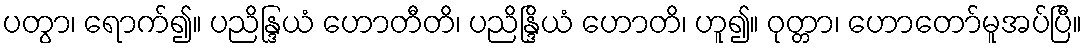
ပတွာ၊ ရောက်၍။ ပညိန္ဒြယံ ဟောတီတိ၊ ပညိန္ဒြိယံ ဟောတိ၊ ဟူ၍။ ဝုတ္တာ၊ ဟောတော်မူအပ်ပြီ။